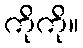
ကိုကို။